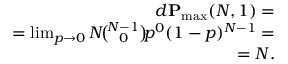
\begin{array} { r } { d \mathbf { P } _ { \operatorname* { m a x } } ( N , 1 ) = } \\ { = \operatorname* { l i m } _ { p \to 0 } { N } \! \binom { \! N - 1 } { 0 } \! p ^ { 0 } ( 1 - p ) ^ { N - 1 } = } \\ { = N . } \end{array}